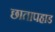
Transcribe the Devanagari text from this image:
छातापहाड